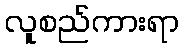
လူစည်ကားရာ